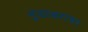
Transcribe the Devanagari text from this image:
मुळाक्षरांवर